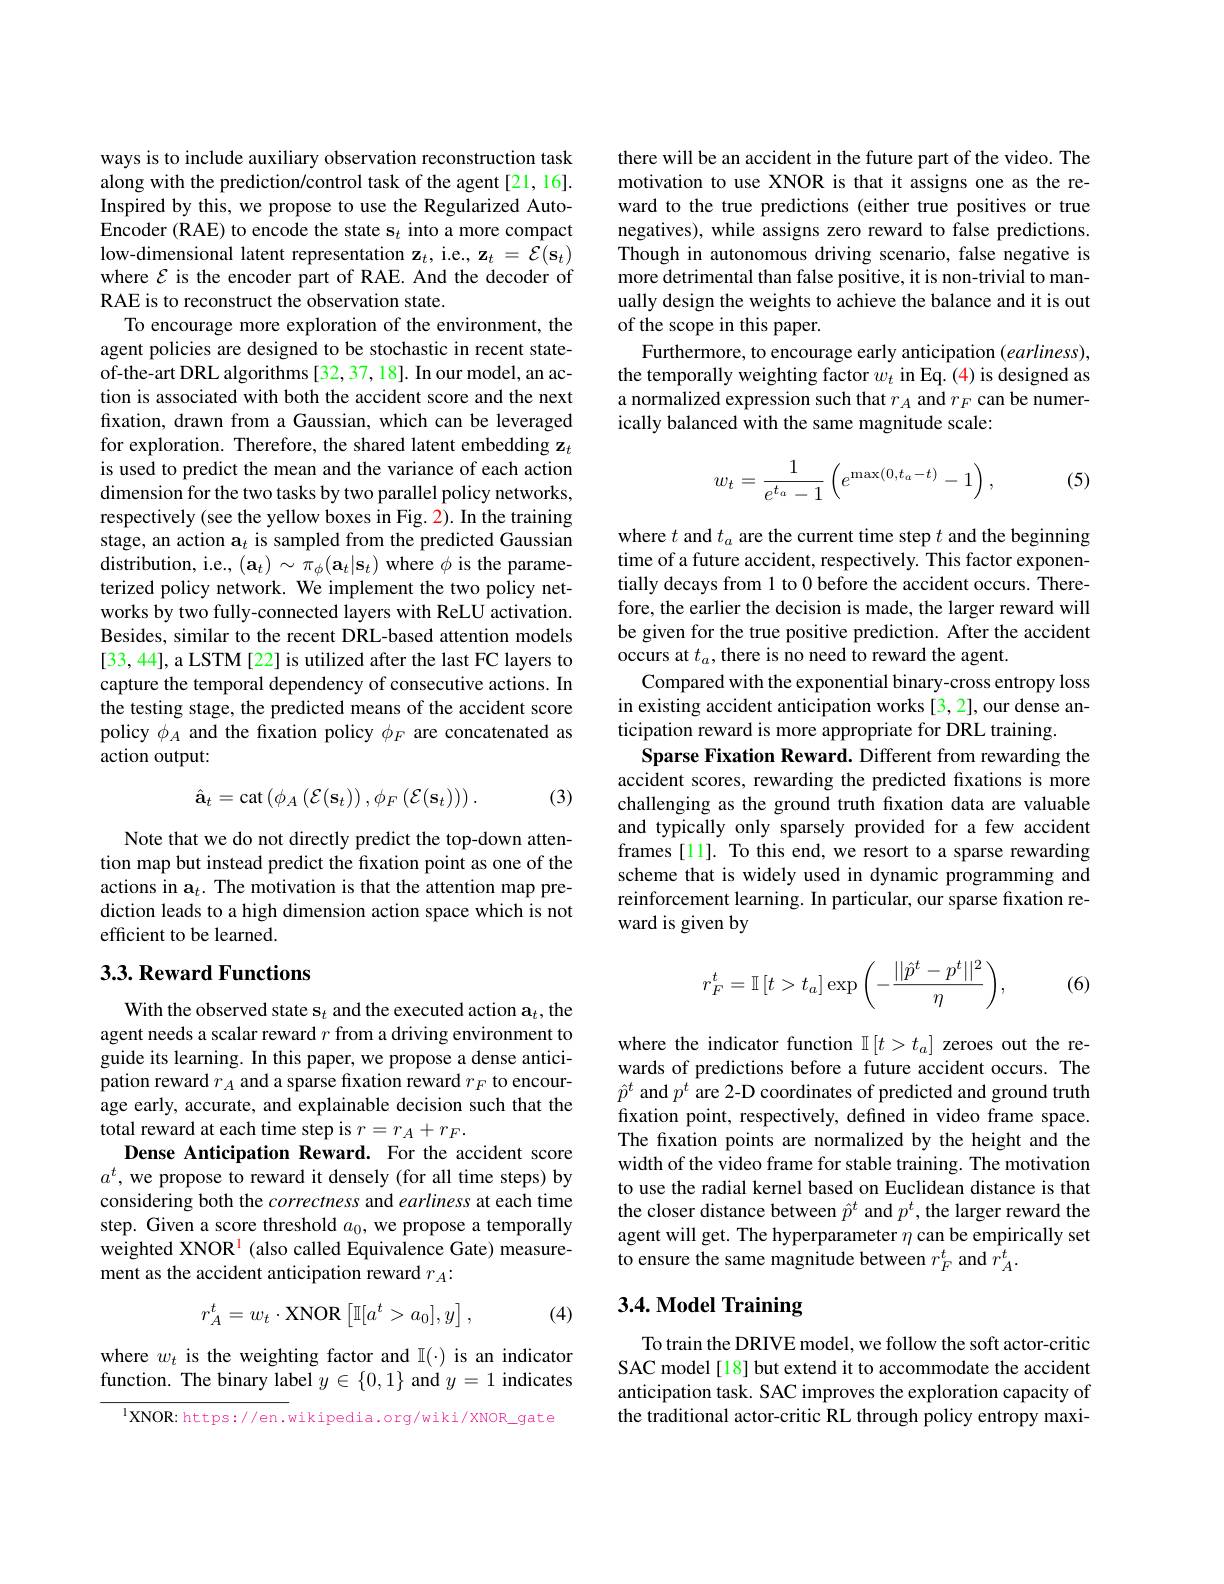
ways is to include auxiliary observation reconstruction task along with the prediction/control task of the agent[21,16]. Inspired by this, we propose to use the Regularized AutoEncoder (RAE) to encode the state s$_t$ into a more compact low-dimensional latent representation z$_t$, i.e., $\mathbf{z}_t=\mathcal{E}(\mathbf{s}_t)$ where $\mathcal{E}$ is the encoder part of RAE. And the decoder of RAE is to reconstruct the observation state.
To encourage more exploration of the environment, the agent policies are designed to be stochastic in recent stateof-the-art DRL algorithms [32,37,18]. In our model, an action is associated with both the accident score and the next fixation, drawn from a Gaussian, which can be leveraged for exploration. Therefore, the shared latent embedding z$_t$ is used to predict the mean and the variance of each action dimension for the two tasks by two parallel policy networks, respectively (see the yellow boxes in Fig. 2). In the training stage, an action $\mathbf{a}_t$ is sampled from the predicted Gaussian distribution, i.e., $(\mathbf{a}_{t})\sim\pi_{\phi}(\mathbf{a}_{t}|\mathbf{s}_{t})$ where $\phi$ is the parameterized policy network. We implement the two policy networks by two fully-connected layers with ReLU activation. Besides, similar to the recent DRL-based attention models [33, 44], a LSTM [22] is utilized after the last FC layers to capture the temporal dependency of consecutive actions. In the testing stage, the predicted means of the accident score policy $\phi_A$ and the fixation policy $\phi_F$ are concatenated as action output:

(3)
$$\hat{\mathbf{a}}_{t}=\operatorname{cat}\left(\phi_{A}\left(\mathcal{E}(\mathbf{s}_{t})\right),\phi_{F}\left(\mathcal{E}(\mathbf{s}_{t})\right)\right).$$
Note that we do not directly predict the top-down attention map but instead predict the fixation point as one of the actions in $\mathbf{a}_t.$ The motivation is that the attention map prediction leads to a high dimension action space which is not efficient to be learned.

## 3.3. Reward Functions

With the observed state s$_t$ and the executed action $\mathbf{a}_t$,the agent needs a scalar reward $r$ from a driving environment to guide its learning. In this paper, we propose a dense anticipation reward $r_A$ and a sparse fixation reward $r_F$ to encourage early, accurate, and explainable decision such that the total reward at each time step is $r=r_A+r_F.$
Dense Anticipation Reward. For the accident score $a^t$,we propose to reward it densely (for all time steps) by considering both the correctness and earliness at each time step. Given a score threshold $a_0$, we propose a temporally weighted XNOR$^{\mathrm{l}}$ (also called Equivalence Gate) measurement as the accident anticipation reward $r_A:$
$$r_A^t=w_t\cdot\text{XNOR}\left[\mathbb{I}[a^t>a_0],y\right],$$
(4)

where $w_t$ is the weighting factor and $\mathbb{I}(\cdot)$ is an indicator function. The binary label $y\in\{0,1\}$ and $y=1$ indicates

$^{1}$XNOR: https://en.wikipedia.org/wiki/xNOR\_gate

there will be an accident in the future part of the video. The motivation to use XNOR is that it assigns one as the reward to the true predictions (either true positives or true negatives), while assigns zero reward to false predictions. Though in autonomous driving scenario, false negative is more detrimental than false positive, it is non-trivial to manually design the weights to achieve the balance and it is out of the scope in this paper.
Furthermore, to encourage early anticipation ( earliness), the temporally weighting factor $w_t$ in Eq.(4) is designed as a normalized expression such that $r_A$ and $r_F$ can be numerically balanced with the same magnitude scale:
$$w_t=\frac{1}{e^{t_a}-1}\left(e^{\max(0,t_a-t)}-1\right),$$
(5)

where $t$ and $t_a$ are the current time step $t$ and the beginning time of a future accident, respectively. This factor exponentially decays from 1 to 0 before the accident occurs. Therefore, the earlier the decision is made, the larger reward will be given for the true positive prediction. After the accident occurs at $t_a$, there is no need to reward the agent.
Compared with the exponential binary-cross entropy loss in existing accident anticipation works [3, 2], our dense anticipation reward is more appropriate for DRL training.
Sparse Fixation Reward. Different from rewarding the accident scores, rewarding the predicted fixations is more challenging as the ground truth fxation data are valuable and typically only sparsely provided for a few accident frames [11]. To this end, we resort to a sparse rewarding scheme that is widely used in dynamic programming and reinforcement learning. In particular, our sparse fixation reward is given by

(6)
$$r_F^t=\mathbb{I}\left[t>t_a\right]\exp\left(-\frac{||\hat{p}^t-p^t||^2}{\eta}\right),$$
where the indicator function $\mathbb{I}[t>t_a]$ zeroes out the rewards of predictions before a future accident occurs. The $\hat{p}^t$ and $p^t$ are 2-D coordinates of predicted and ground truth fixation point, respectively, defined in video frame space. The fixation points are normalized by the height and the width of the video frame for stable training. The motivation to use the radial kernel based on Euclidean distance is that the closer distance between $\hat{p}^t$ and $p^t$, the larger reward the agent will get. The hyperparameter $\eta$ can be empirically set to ensure the same magnitude between $r_F^t$ and $r_A^t.$

# 3.4. Model Training

To train the DRIVE model, we follow the soft actor-critic SAC model[18] but extend it to accommodate the accident anticipation task. SAC improves the exploration capacity of $\hat{\text{the traditional actor-critic RL through policy entropy maxi-}}$